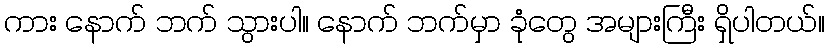
ကား နောက် ဘက် သွားပါ။ နောက် ဘက်မှာ ခုံတွေ အများကြီး ရှိပါတယ်။